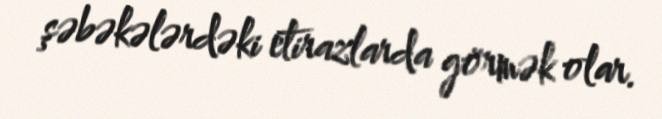
şəbəkələrdəki etirazlarda görmək olar.